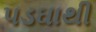
પડઘાથી